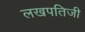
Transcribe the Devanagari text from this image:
लखपतिजी